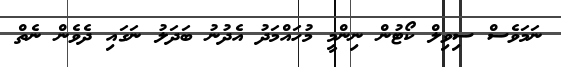
ނަމަވެސް ސިވިލް ކޯޓުން ނިންމީ މުހައްމަދު އެދުނު ބަދަލު ނަގައި ދެވެން ނެތް